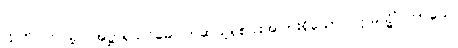
ဣတိ၊ ဤသို့။ အဋ္ဌာရသဝိဓေ၊ တဆယ့်ရှစ်ပါးအပြားရှိသော။ ဣမသ္မိံ ကာယေ၊